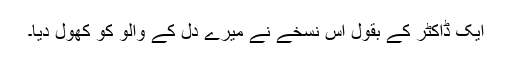
ایک ڈاکٹر کے بقول اس نسخے نے میرے دل کے والو کو کھول دیا۔